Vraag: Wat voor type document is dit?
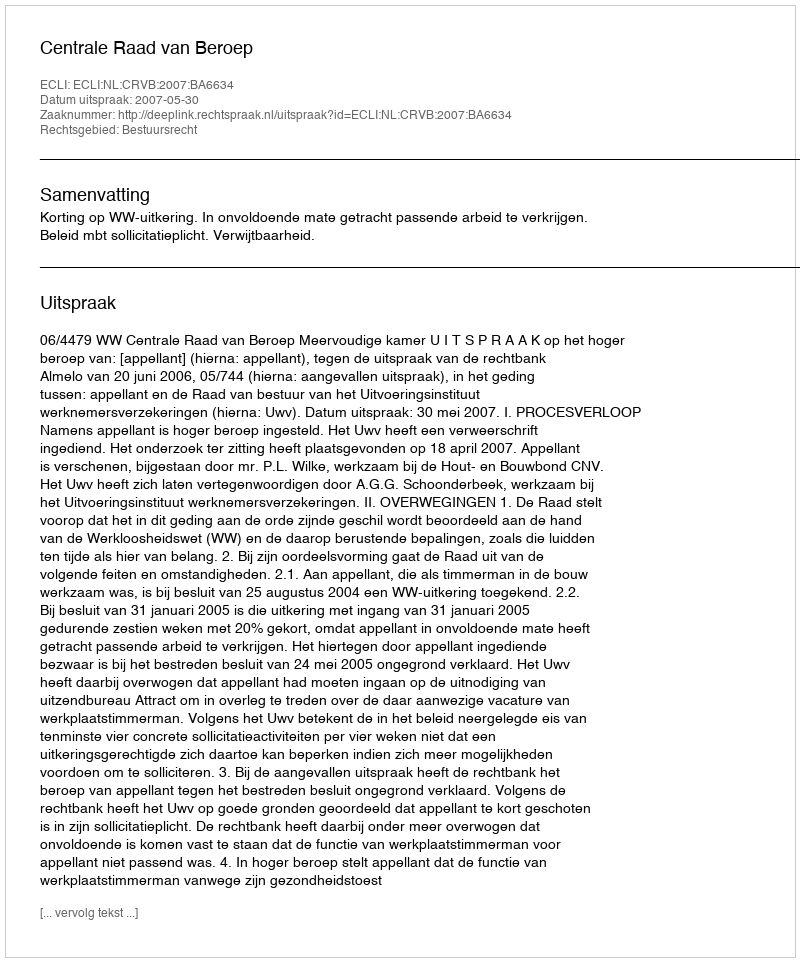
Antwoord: Uitspraak